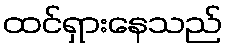
ထင်ရှားနေသည်